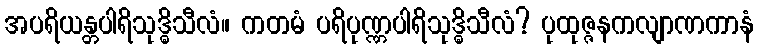
အပရိယန္တပါရိသုဒ္ဓိသီလံ။ ကတမံ ပရိပုဏ္ဏပါရိသုဒ္ဓိသီလံ? ပုထုဇ္ဇနကလျာဏကာနံ